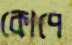
কোপে